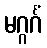
မဂ္ဂင်္ဂံ